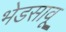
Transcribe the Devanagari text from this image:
भेडसावू